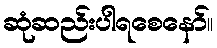
ဆုံဆည်းပါရစေနော်။